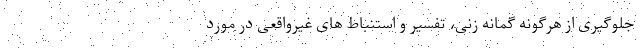
جلوگیری از هرگونه گمانه زنی، تفسیر و استنباط های غیرواقعی در مورد